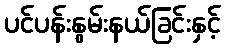
ပင်ပန်းနွမ်းနယ်ခြင်းနှင့်